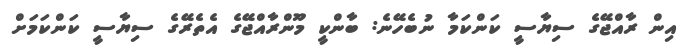
އިން ރާއްޖޭގެ ސިޔާސީ ކަންކަމާ ނުބެހޭނެ: ބާންކީ މޫންރާއްޖޭގެ އެތެރޭގެ ސިޔާސީ ކަންކަމަށް